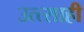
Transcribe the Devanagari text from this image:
उत्त्साही